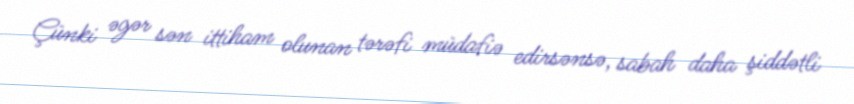
Çünki əgər sən ittiham olunan tərəfi müdafiə edirsənsə, sabah daha şiddətli